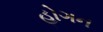
હોગન